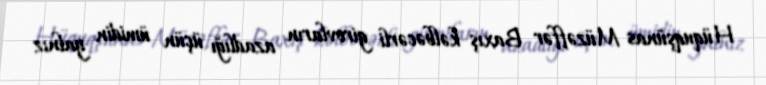
Hüquqşünas Müzəffər Baxış kəlbəcərli girovların azadlığı üçün ümidin yalnız